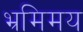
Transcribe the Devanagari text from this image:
भ्रमिमय